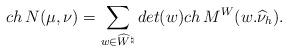
LaTeX: \begin{align*}ch\,N(\mu,\nu)=\sum_{w\in \widehat W^\natural}det(w)ch\,M^W(w.\widehat\nu_h).\end{align*}